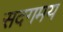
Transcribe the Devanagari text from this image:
सदगमय